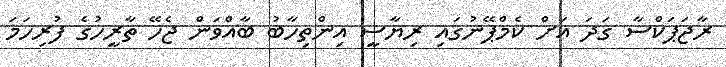
ރާޖަޕަކްސާ ގަދަ އަށް ކެމްޕޭނުގައި ރިޔާސީ އިންތިހާބު ބާއްވަން ޖެހޭ ތާރީހުގެ ފުރިހަމަ